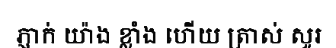
ភ្ញាក់ យ៉ាង ខ្លាំង ហើយ ត្រាស់ សួរ